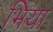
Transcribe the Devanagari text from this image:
भिया